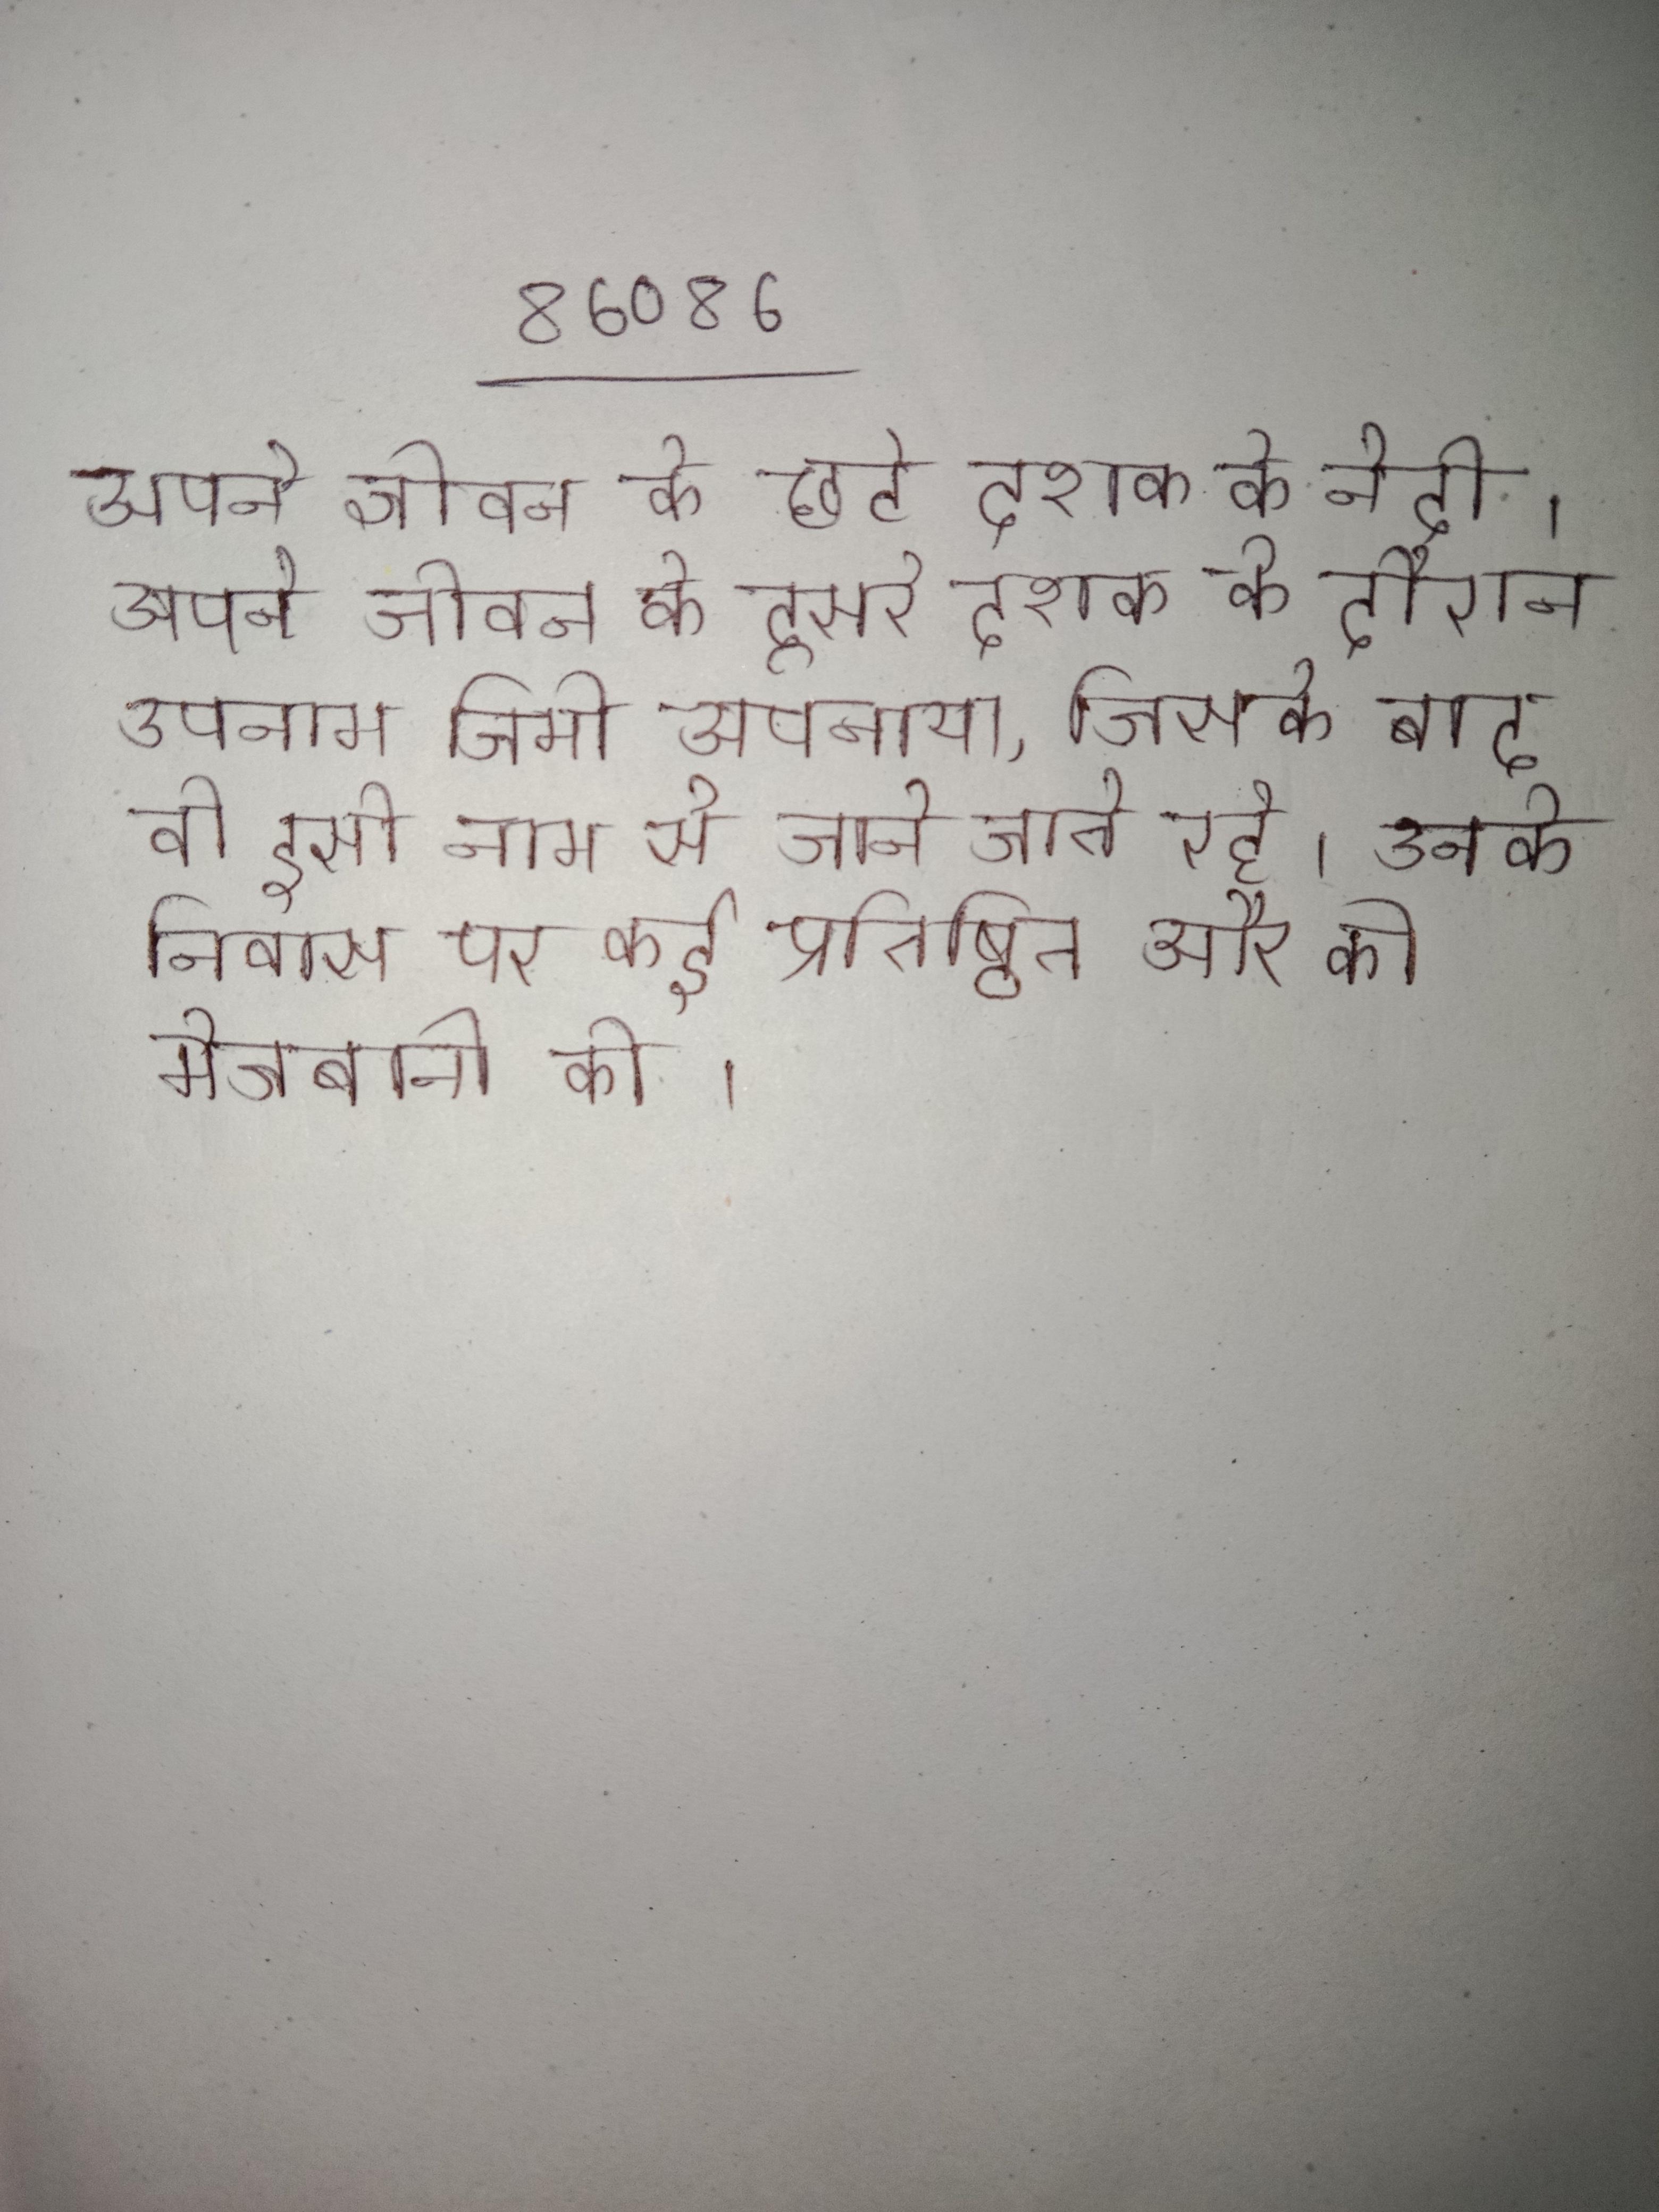
अपने जीवन के छटे दशक के ने दी । अपने जीवन के दूसरे दशक के दौरान उपनाम जिमी अपनाया, जिसके बाद वो इसी नाम से जाने जाते रहे । अपने जीवन के दौरान, उनके निवास पर कई प्रतिष्ठित और की मेजबानी की ।